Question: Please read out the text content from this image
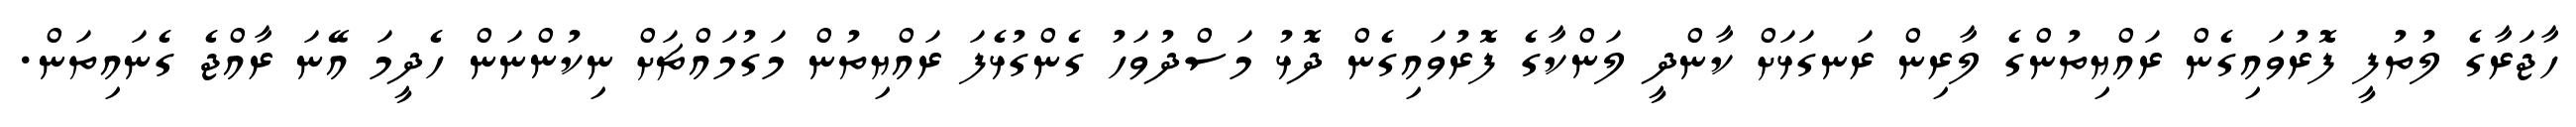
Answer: ހާޖަރާގެ ލުތުފީ ފޮރުވައިގެން ރައްޔިތުންގެ ލާރިން ރަނގަޅަށް ކާންދީ ލަންކާގެ ފޮރުވައިގެން ދޮޅު މަސްދުވަހު ގެންގުޅެފަ ރައްޔިތުން މަގުމައްޗަށް ނިކުންނަން ހެދީމަ އޭނަ ރާއްޖެ ގެނައިތަން.